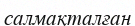
салмақталған